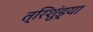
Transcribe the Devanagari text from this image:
त्रिशुंड्या